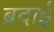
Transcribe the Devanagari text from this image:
ब्रदाई